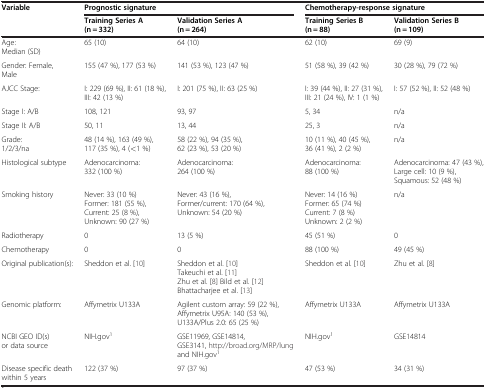
<table><thead><tr><td rowspan="2"><b>Variable</b></td><td colspan="2"><b>Prognostic signature</b></td><td colspan="2"><b>Chemotherapy-response signature</b></td></tr><tr><td><b>Training Series A (n = 332)</b></td><td><b>Validation Series A (n = 264)</b></td><td><b>Training Series B (n = 88)</b></td><td><b>Validation Series B (n = 109)</b></td></tr></thead><tbody><tr><td>Age: Median (SD)</td><td>65 (10)</td><td>64 (10)</td><td>62 (10)</td><td>69 (9)</td></tr><tr><td>Gender: Female, Male</td><td>155 (47 %), 177 (53 %)</td><td>141 (53 %), 123 (47 %)</td><td>51 (58 %), 39 (42 %)</td><td>30 (28 %), 79 (72 %)</td></tr><tr><td>AJCC Stage:</td><td>I: 229 (69 %), II: 61 (18 %), III: 42 (13 %)</td><td>I: 201 (75 %), II: 63 (25 %)</td><td>I: 39 (44 %), II: 27 (31 %), III: 21 (24 %), IV: 1 (1 %)</td><td>I: 57 (52 %), II: 52 (48 %)</td></tr><tr><td>Stage I: A/B</td><td>108, 121</td><td>93, 97</td><td>5, 34</td><td>n/a</td></tr><tr><td>Stage II: A/B</td><td>50, 11</td><td>13, 44</td><td>25, 3</td><td>n/a</td></tr><tr><td>Grade: 1/2/3/na</td><td>48 (14 %), 163 (49 %), 117 (35 %), 4 (&lt;1 %)</td><td>58 (22 %), 94 (35 %), 62 (23 %), 53 (20 %)</td><td>10 (11 %), 40 (45 %), 36 (41 %), 2 (2 %)</td><td>n/a</td></tr><tr><td>Histological subtype</td><td>Adenocarcinoma: 332 (100 %)</td><td>Adenocarcinoma: 264 (100 %)</td><td>Adenocarcinoma: 88 (100 %)</td><td>Adenocarcinoma: 47 (43 %), Large cell: 10 (9 %), Squamous: 52 (48 %)</td></tr><tr><td>Smoking history</td><td>Never: 33 (10 %) Former: 181 (55 %), Current: 25 (8 %), Unknown: 90 (27 %)</td><td>Never: 43 (16 %), Former/current: 170 (64 %), Unknown: 54 (20 %)</td><td>Never: 14 (16 %) Former: 65 (74 %) Current: 7 (8 %) Unknown: 2 (2 %)</td><td>n/a</td></tr><tr><td>Radiotherapy</td><td>0</td><td>13 (5 %)</td><td>45 (51 %)</td><td>0</td></tr><tr><td>Chemotherapy</td><td>0</td><td>0</td><td>88 (100 %)</td><td>49 (45 %)</td></tr><tr><td>Original publication(s):</td><td>Sheddon et al. [10]</td><td>Sheddon et al. [10] Takeuchi et al. [11] Zhu et al. [8] Bild et al. [12] Bhattacharjee et al. [13]</td><td>Sheddon et al. [10]</td><td>Zhu et al. [8]</td></tr><tr><td>Genomic platform:</td><td>Affymetrix U133A</td><td>Agilent custom array: 59 (22 %), Affymetrix U95A: 140 (53 %), U133A/Plus 2.0: 65 (25 %)</td><td>Affymetrix U133A</td><td>Affymetrix U133A</td></tr><tr><td>NCBI GEO ID(s) or data source</td><td>NIH.gov<sup>1</sup></td><td>GSE11969, GSE14814, GSE3141, http://broad.org/MRP/lung and NIH.gov<sup>1</sup></td><td>NIH.gov<sup>1</sup></td><td>GSE14814</td></tr><tr><td>Disease specific death within 5 years</td><td>122 (37 %)</td><td>97 (37 %)</td><td>47 (53 %)</td><td>34 (31 %)</td></tr></tbody></table>